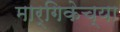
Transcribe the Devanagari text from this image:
मार्गिकेच्या